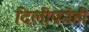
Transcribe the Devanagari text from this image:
दिलीपनेही